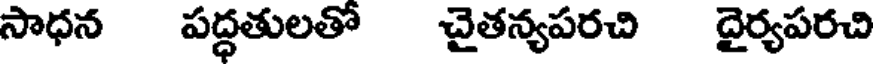
సాధన పద్ధతులతో చైతన్యపరచి దైర్యపరచి